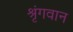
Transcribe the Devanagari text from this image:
श्रृंगवान